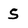
Character: S